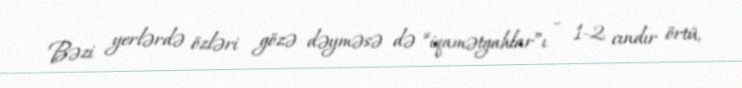
Bəzi yerlərdə özləri gözə dəyməsə də “iqamətgahlar”ı – 1-2 cındır örtü,